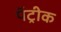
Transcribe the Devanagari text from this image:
पॅट्रीक